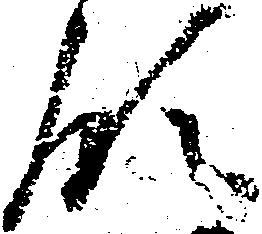
領